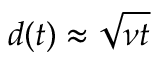
d ( t ) \approx \sqrt { \nu t }